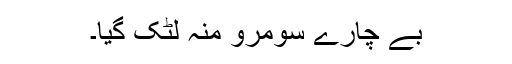
بے چارے سومرو منہ لٹک گیا۔